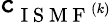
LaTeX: \mathtt{c}_{\mathrm{{~I~S~M~F~}}^{(k)}}